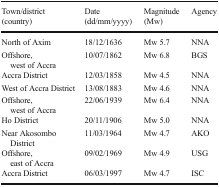
<table><thead><tr><td rowspan="2"><b>Town/district (country)</b></td><td><b>Date</b></td><td rowspan="2"><b>Magnitude (Mw)</b></td><td rowspan="2"><b>Agency</b></td></tr><tr><td><b>(dd/mm/yyyy)</b></td></tr></thead><tbody><tr><td>North of Axim</td><td>18/12/1636</td><td>Mw 5.7</td><td>NNA</td></tr><tr><td>Offshore, west of Accra</td><td>10/07/1862</td><td>Mw 6.8</td><td>BGS</td></tr><tr><td>Accra District</td><td>12/03/1858</td><td>Mw 4.5</td><td>NNA</td></tr><tr><td>West of Accra District</td><td>13/08/1883</td><td>Mw 4.6</td><td>NNA</td></tr><tr><td>Offshore, west of Accra</td><td>22/06/1939</td><td>Mw 6.4</td><td>NNA</td></tr><tr><td>Ho District</td><td>20/11/1906</td><td>Mw 5.0</td><td>NNA</td></tr><tr><td>Near Akosombo District</td><td>11/03/1964</td><td>Mw 4.7</td><td>AKO</td></tr><tr><td>Offshore, east of Accra</td><td>09/02/1969</td><td>Mw 4.9</td><td>USG</td></tr><tr><td>Accra District</td><td>06/03/1997</td><td>Mw 4.7</td><td>ISC</td></tr></tbody></table>